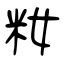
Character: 籹